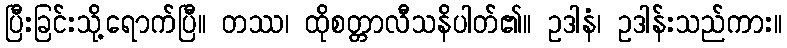
ပြီးခြင်းသို့ရောက်ပြီ။ တဿ၊ ထိုစတ္တာလီသနိပါတ်၏။ ဥဒါနံ၊ ဥဒါန်းသည်ကား။